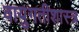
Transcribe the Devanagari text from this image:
वायुगतीशास्त्र